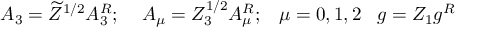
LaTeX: A _ { 3 } = \widetilde { Z } ^ { 1 / 2 } A _ { 3 } ^ { R } ; \; \; \; \; A _ { \mu } = Z _ { 3 } ^ { 1 / 2 } A _ { \mu } ^ { R } ; \; \; \; \mu = 0 , 1 , 2 \; \; \; g = Z _ { 1 } g ^ { R }